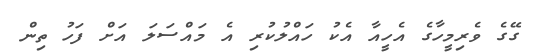
ގޭގެ ވެރިމީހާގެ އެހީއާ އެކު ހައްލުކުރި އެ މައްސަލަ އަށް ފަހު ތިން